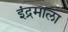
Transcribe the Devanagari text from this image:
इंद्रमाला